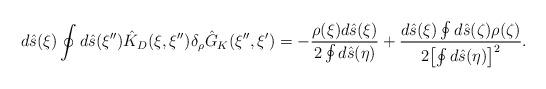
LaTeX: \begin{align*}d\hat{s}(\xi)\oint{d}\hat{s}(\xi''){\hat{K}_D}(\xi,\xi''){\delta_{\rho}}{\hat{G}_K}(\xi'',\xi')=-{{\rho(\xi)d\hat{s}(\xi)}\over{2\oint{d}\hat{s}(\eta)}}+{{d\hat{s}(\xi)\oint{d}\hat{s}(\zeta)\rho(\zeta)}\over{2{{\left[\oint{d}\hat{s}(\eta)\right]}^2}}}.\end{align*}